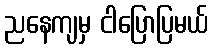
ညနေကျမှ ငါပြောပြမယ်